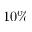
1 0 \%